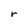
Character: r